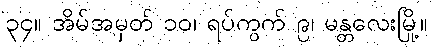
၃၄။ အိမ်အမှတ် ၁၀၊ ရပ်ကွက် ၉၊ မန္တလေးမြို့။